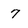
Character: 7